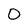
Character: 0